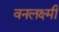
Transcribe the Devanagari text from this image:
वनलक्ष्मी